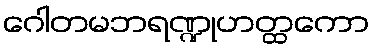
ဂေါတမဘရဏ္ဍုဟတ္ထကော